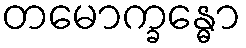
တမောက္ခန္ဓော